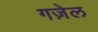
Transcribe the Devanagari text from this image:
गज़ेल